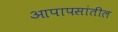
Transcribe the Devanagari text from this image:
आपापसांतील